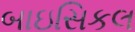
બાઇસિકલ